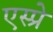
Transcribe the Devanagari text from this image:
एस्प्रे